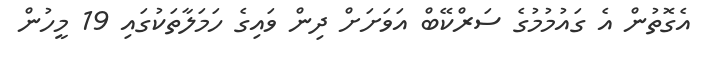
އެގޮތުން އެ ގައުމުމުގެ ސަރްކޭބް އަވަށަށް ދިން ވައިގެ ހަމަލާތަކުގައި 19 މީހުން